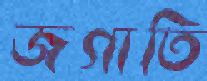
জগাতি